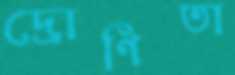
দ্রোণিতা